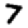
Digit: 7